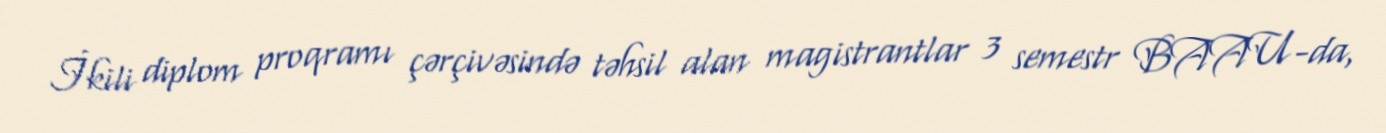
İkili diplom proqramı çərçivəsində təhsil alan magistrantlar 3 semestr BAAU-da,